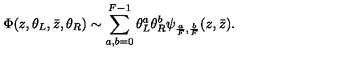
\Phi ( z , \theta _ { L } , \bar { z } , \theta _ { R } ) \sim \sum _ { a , b = 0 } ^ { F - 1 } \theta _ { L } ^ { a } \theta _ { R } ^ { b } \psi _ { { \frac { a } { F } } , { \frac { b } { F } } } ( z , { \bar { z } } ) .